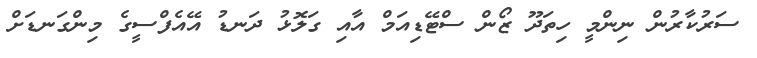
ސަރުކާރުން ނިންމީ ހިތަދޫ ޒޯން ސްޓޭޑިއަމް އާއި ގަލޮޅު ދަނޑު އޭއެފްސީގެ މިންގަނޑަށް